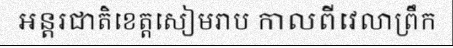
អន្តរជាតិខេត្តសៀមរាប កាលពីវេលាព្រឹក